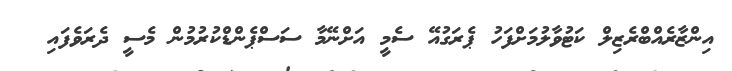
އިންޒާރެއްބްރެޒިލް ކަޓުވާލުމަށްފަހު ޕެރަގުއޭ ސެމީ އަށްނޭމާ ސަސްޕެންޑްކުރުމުން މެސީ ދެރަވެފައި